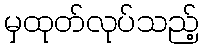
မှထုတ်လုပ်သည့်